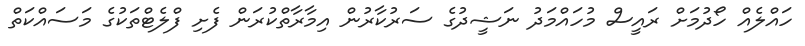
ހައްލެއް ހޯދުމަށް ރައީސް މުހައްމަދު ނަޝީދުގެ ސަރުކާރުން އިމާރާތްކުރަން ފެށި ފްލެޓްތަކުގެ މަސައްކަތް